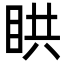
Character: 䀧